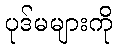
ပုဒ်မများကို